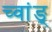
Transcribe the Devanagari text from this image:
च्वांङ्